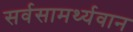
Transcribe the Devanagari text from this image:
सर्वसामर्थ्यवान